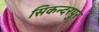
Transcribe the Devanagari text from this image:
सिकन्‍दरपुर